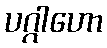
ပဂ္ဂါဟော